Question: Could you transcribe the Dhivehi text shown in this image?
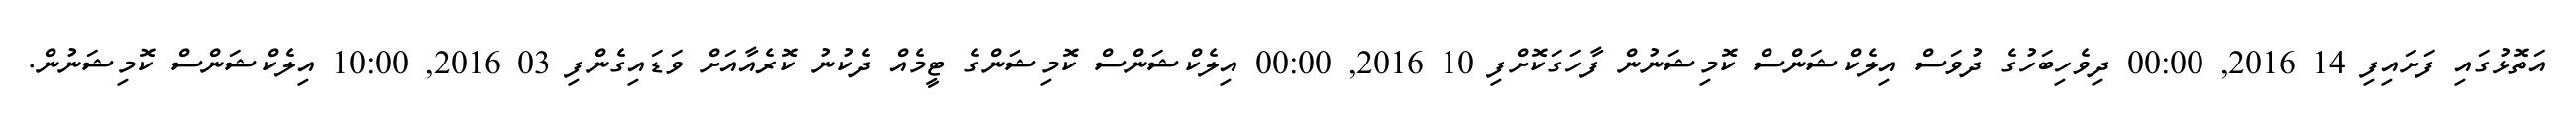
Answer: އަތޮޅުގައި ފަށައިފި 14 2016, 00:00 ދިވެހިބަހުގެ ދުވަސް އިލެކްޝަންސް ކޮމިޝަނުން ފާހަގަކޮށްފި 10 2016, 00:00 އިލެކްޝަންސް ކޮމިޝަންގެ ޓީމެއް ދެކުނު ކޮރެއާއަށް ވަޑައިގެންފި 03 2016, 10:00 އިލެކްޝަންސް ކޮމިޝަނުން.